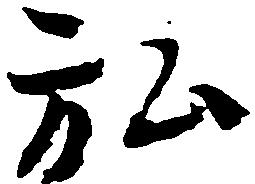
弘